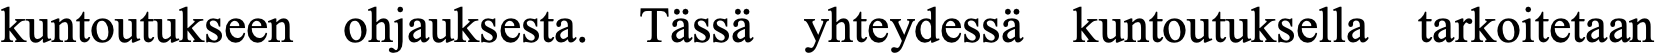
kuntoutukseen ohjauksesta. Tässä yhteydessä kuntoutuksella tarkoitetaan